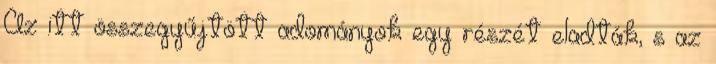
Az itt összegyűjtött adományok egy részét eladták, s az